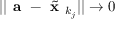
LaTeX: | | { \textbf { a } } - { \tilde { \textbf { x } } } _ { k _ { j } } | | \to 0